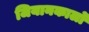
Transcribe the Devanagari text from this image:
जियानकार्लो